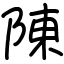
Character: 陳